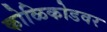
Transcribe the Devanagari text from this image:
कोळिकोडवर